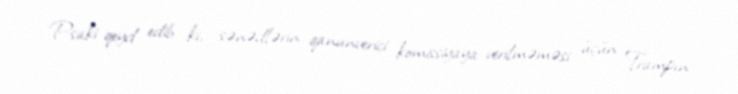
Psaki qeyd edib ki, sənədlərin qanunverici komissiyaya verilməməsi üçün Trampın